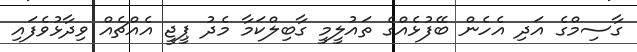
ގާސިމްގެ އަދި އެހެން ބޭފުޅެއްގެ ތައުލީމީ ގާބިލްކަމާ މެދު ޕީޖީ އެއްޗެއް ވިދާޅުވެފައި